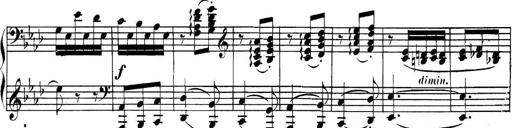
Title: Collected Piano Sonatas
Composer: Muzio Clementi